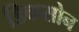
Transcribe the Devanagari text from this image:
डिकसोन